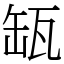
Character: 缻